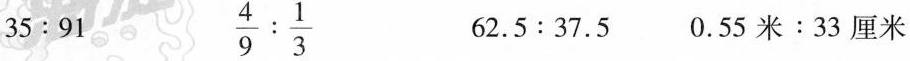
$$3 5 ： 9 1$$ $$\frac { 4 } { 9 } : \frac { 1 } { 3 }$$ $$6 2 . 5 : 3 7 . 5$$ $$0 . 5 5 米 ： 3 3 厘 米$$